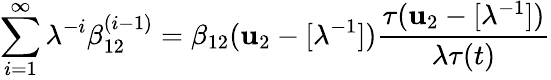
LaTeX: \sum_{i=1}^{\infty}\lambda^{-i}\beta_{12}^{(i-1)}=\beta_{12}({\mathbf u_{2}}-[\lambda^{-1}])\frac{\tau({\mathbf u_{2}}-[\lambda^{-1}])}{\lambda\tau(t)}